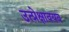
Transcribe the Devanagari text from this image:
उत्प्रेक्षावयव